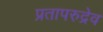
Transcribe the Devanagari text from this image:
प्रतापरुद्रेव